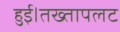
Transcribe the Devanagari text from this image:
हुई।तख्तापलट